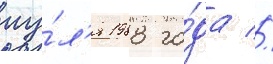
иу́л'я 1988 го́да //